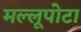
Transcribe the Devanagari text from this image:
मल्लूपोटा